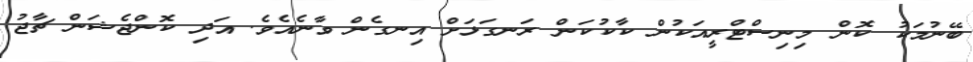
ބޭނުމަކު ކޮން މިނިސްޓްރީއަކުން ކާކުކަން ރަނގަޅަށް އިނގެން ވާނެއެވެ. އަދި ކޮންޖެޝަން ޗާޖު